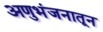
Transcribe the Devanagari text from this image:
अणुभंजनातून